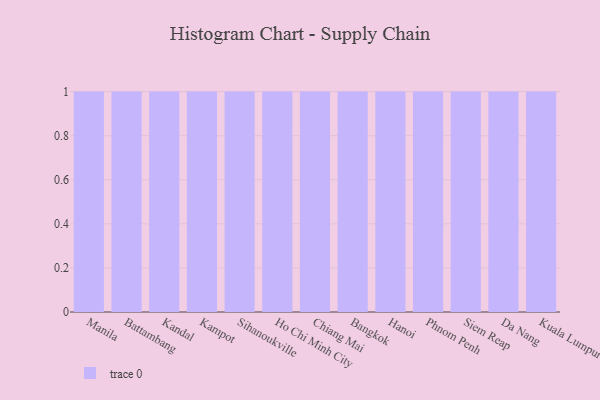
{"axis": {"x": "City", "y": "Customer Acquisition Cost (USD)"}, "legend": [""], "data": [{"x": "Manila", "y": 22, "type": ""}, {"x": "Battambang", "y": 7, "type": ""}, {"x": "Kandal", "y": 62, "type": ""}, {"x": "Kampot", "y": 35, "type": ""}, {"x": "Sihanoukville", "y": 16, "type": ""}, {"x": "Ho Chi Minh City", "y": 12, "type": ""}, {"x": "Chiang Mai", "y": 84, "type": ""}, {"x": "Bangkok", "y": 47, "type": ""}, {"x": "Hanoi", "y": 28, "type": ""}, {"x": "Phnom Penh", "y": 25, "type": ""}, {"x": "Siem Reap", "y": 28, "type": ""}, {"x": "Da Nang", "y": 54, "type": ""}, {"x": "Kuala Lumpur", "y": 36, "type": ""}]}